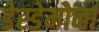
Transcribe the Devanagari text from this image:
डेस्डेमोना